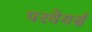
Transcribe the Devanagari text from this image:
परवेयर्स